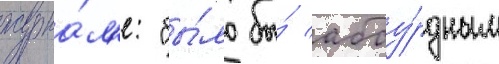
журна́л'е: "бы́ло бы́ абсу́рдным